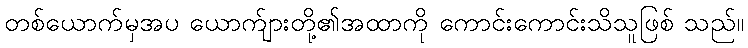
တစ်ယောက်မှအပ ယောက်ျားတို့၏အထာကို ကောင်းကောင်းသိသူဖြစ် သည်။